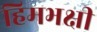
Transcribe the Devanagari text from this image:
हिमभक्षी